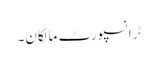
ٹرانسپورٹ مالکان۔